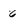
Character: 6